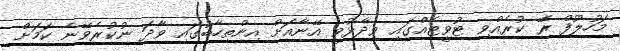
މަހުލޫފް ރޭ ކުރެއްވި ޓުވީޓެއްގައި ވިދާޅުވީ އޭނާއަށް އިންތިހާބުގައި ވާދަ ނުކުރެވޭނެ ކަމަށް